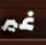
غير